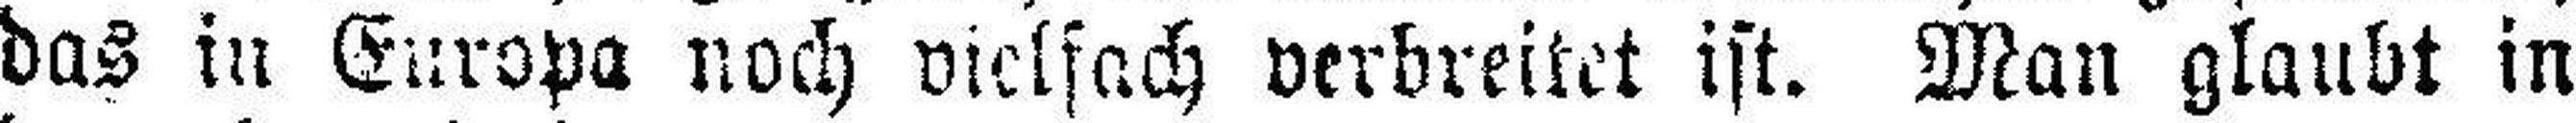
das in Europa noch vielfach verbreitet ist. Man glaubt in